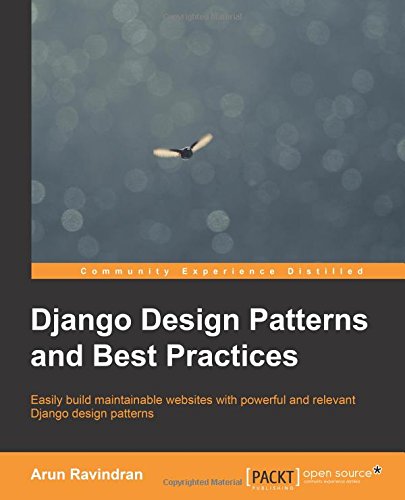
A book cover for Django Design Patterns and Best Practices; Arun Ravindran; Computers & Technology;